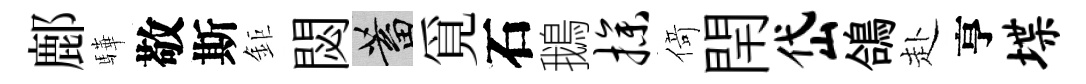
鄜驊敬斯鉅閟蓄覓石鵝操𠋣閈岱鴿赴亨堞